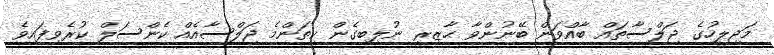
މަޖިލީހުގެ ޖަލްސާތައް ބާއްވަން ބޭނުންވާ ޙާޒިރީ ނުލިބިގެން ކިތަންމެ ޖަލްސާއެއް ކެންސަލް ކުރެވިފައިވެ